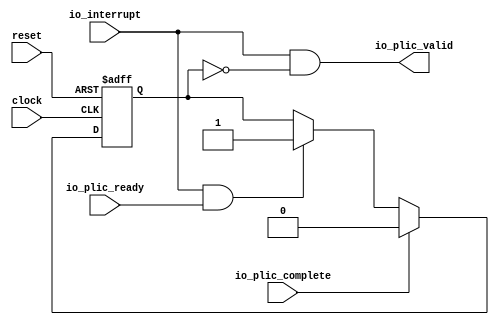
module sirv_LevelGateway(
  input   clock,
  input   reset,
  input   io_interrupt,
  output  io_plic_valid,
  input   io_plic_ready,
  input   io_plic_complete
);
  reg  inFlight;
  reg [31:0] GEN_2;
  wire  T_12;
  wire  GEN_0;
  wire  GEN_1;
  wire  T_16;
  wire  T_17;
  assign io_plic_valid = T_17;
  assign T_12 = io_interrupt & io_plic_ready;
  assign GEN_0 = T_12 ? 1'h1 : inFlight;
  assign GEN_1 = io_plic_complete ? 1'h0 : GEN_0;
  assign T_16 = inFlight == 1'h0;
  assign T_17 = io_interrupt & T_16;

  always @(posedge clock or posedge reset) begin
    if (reset) begin
      inFlight <= 1'h0;
    end else begin
      if (io_plic_complete) begin
        inFlight <= 1'h0;
      end else begin
        if (T_12) begin
          inFlight <= 1'h1;
        end
      end
    end
  end
endmodule